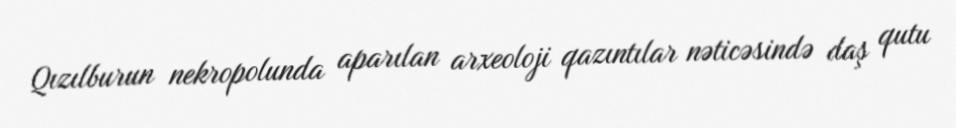
Qızılburun nekropolunda aparılan arxeoloji qazıntılar nəticəsində daş qutu